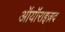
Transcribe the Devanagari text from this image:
ऑयॉराइज़द